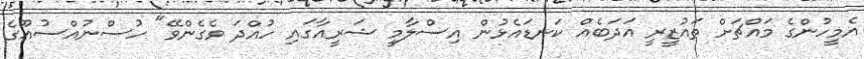
އެމީހުންގެ މައްޗަށް ތައުޒީރީ އަދަބެއް ކަނޑައެޅުން އިސްލާމީ ޝަރީއާގައި ހުއްދަ ވެގެންވޭ" ހުސްނުއްސުއޫގެ